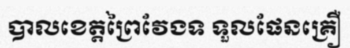
បាលខេត្តព្រៃវែងទ ទួលផែនគ្រឿ